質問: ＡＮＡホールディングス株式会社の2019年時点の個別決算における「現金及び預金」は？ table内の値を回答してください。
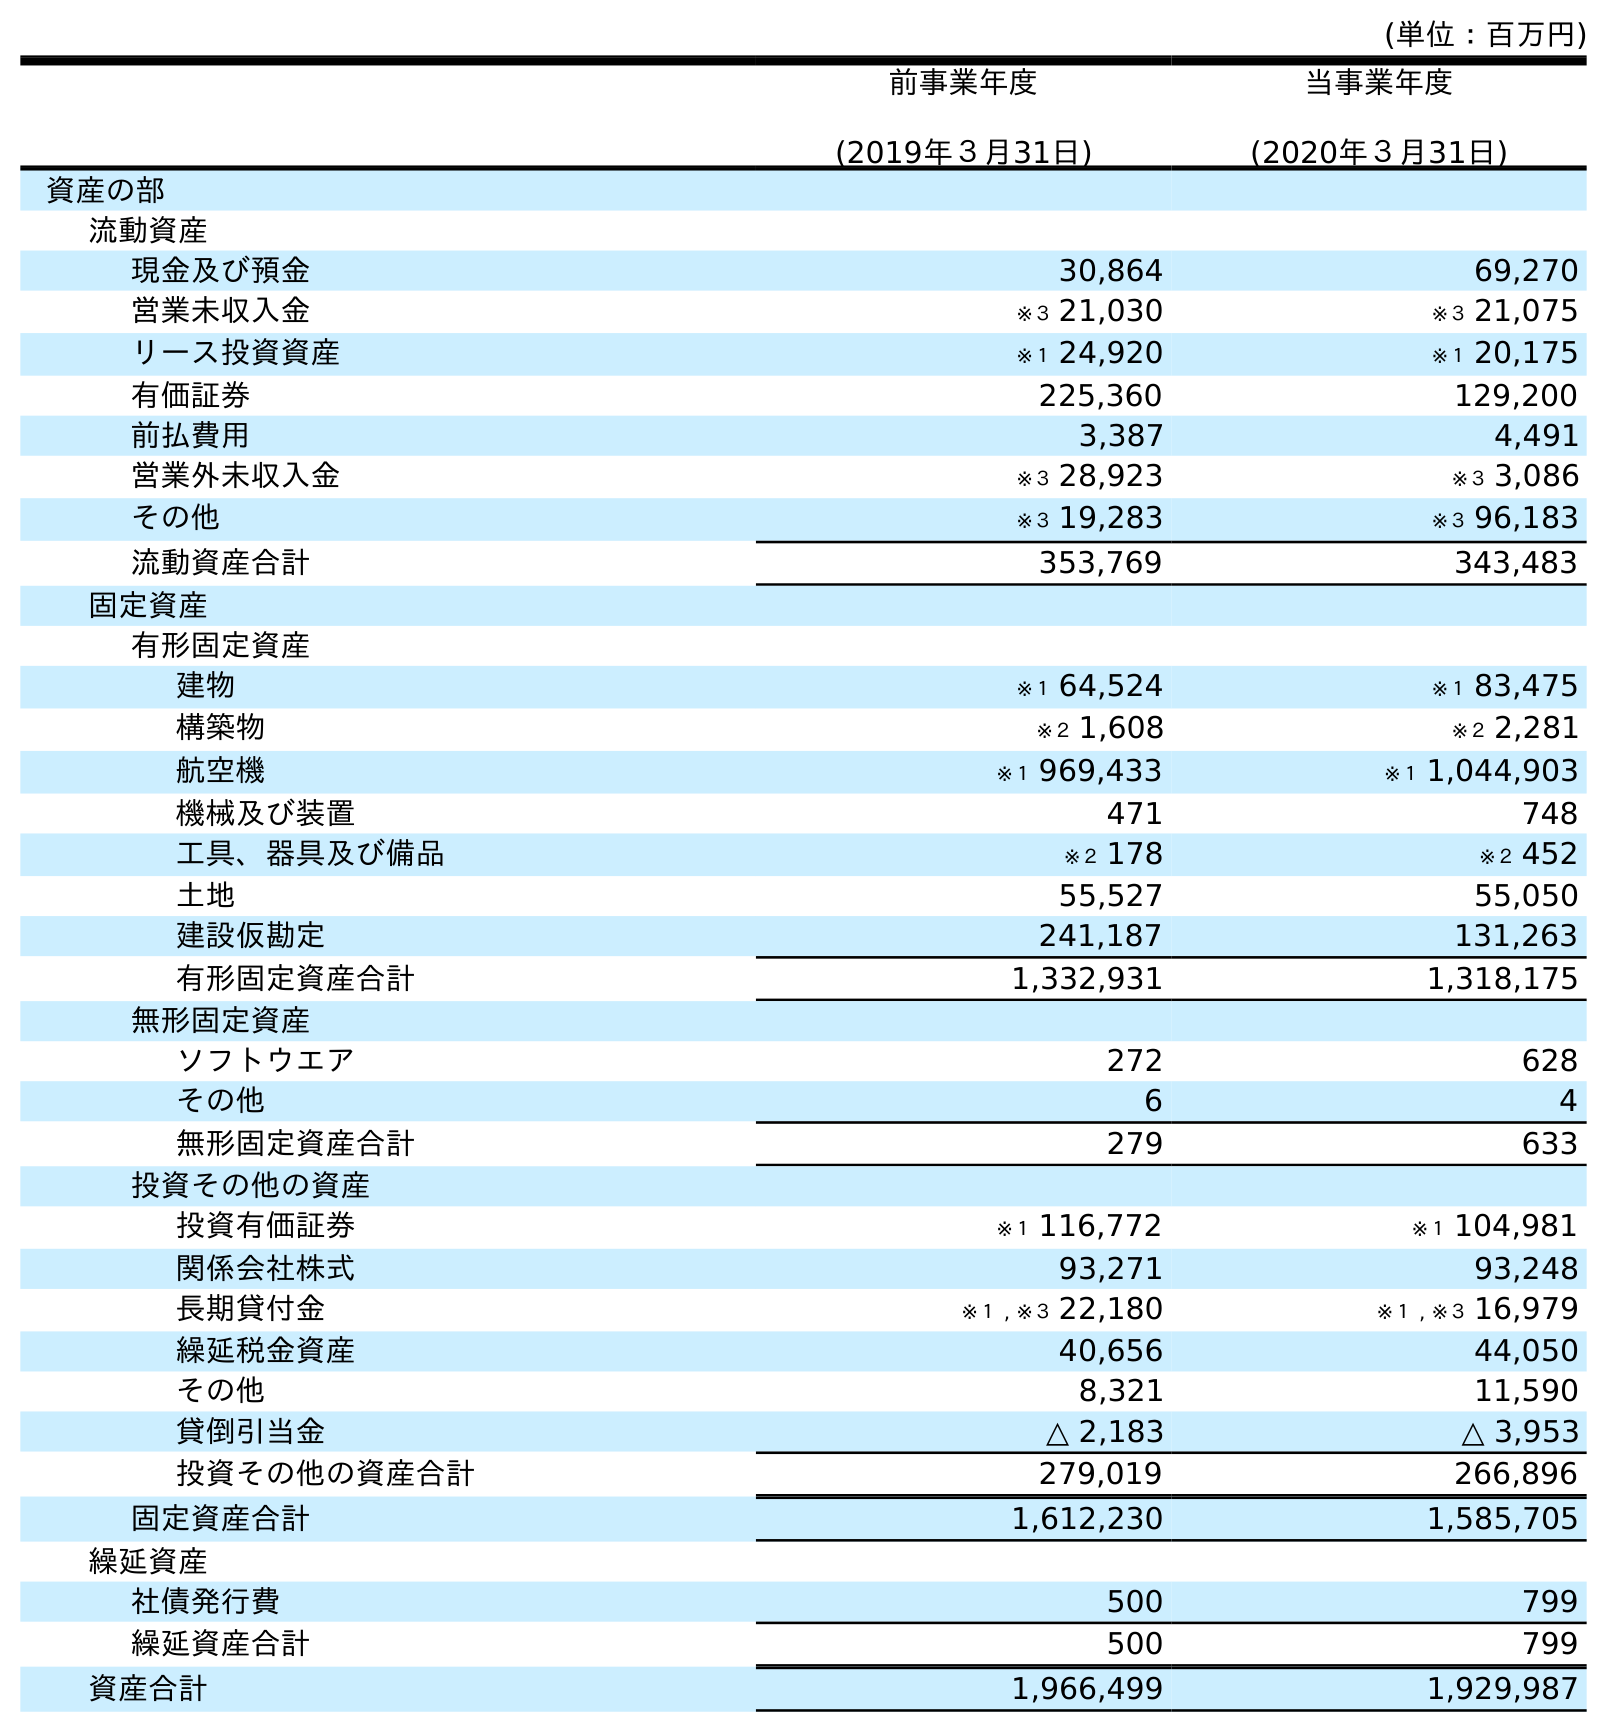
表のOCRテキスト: (単位：百万円) 前事業年度 (2019年３月31日) 当事業年度 (2020年３月31日) 資産の部 流動資産 現金及び預金 30,864 69,270 営業未収入金 ※３ 21,030 ※３ 21,075 リース投資資産 ※１ 24,920 ※１ 20,175 有価証券 225,360 129,200 前払費用 3,387 4,491 営業外未収入金 ※３ 28,923 ※３ 3,086 その他 ※３ 19,283 ※３ 96,183 流動資産合計 353,769 343,483 固定資産 有形固定資産 建物 ※１ 64,524 ※１ 83,475 構築物 ※２ 1,608 ※２ 2,281 航空機 ※１ 969,433 ※１ 1,044,903 機械及び装置 471 748 工具、器具及び備品 ※２ 178 ※２ 452 土地 55,527 55,050 建設仮勘定 241,187 131,263 有形固定資産合計 1,332,931 1,318,175 無形固定資産 ソフトウエア 272 628 その他 6 4 無形固定資産合計 279 633 投資その他の資産 投資有価証券 ※１ 116,772 ※１ 104,981 関係会社株式 93,271 93,248 長期貸付金 ※１ , ※３ 22,180 ※１ , ※３ 16,979 繰延税金資産 40,656 44,050 その他 8,321 11,590 貸倒引当金 △ 2,183 △ 3,953 投資その他の資産合計 279,019 266,896 固定資産合計 1,612,230 1,585,705 繰延資産 社債発行費 500 799 繰延資産合計 500 799 資産合計 1,966,499 1,929,987
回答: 30,864